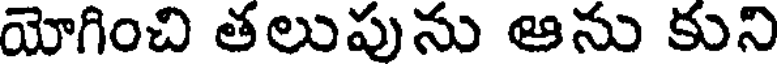
యోగించి తలుపును ఆను కుని